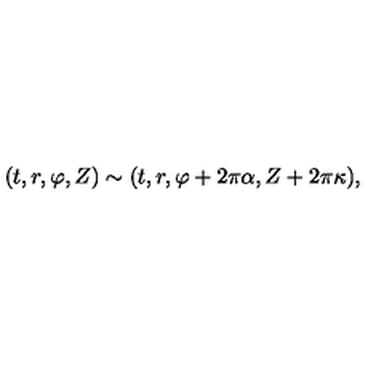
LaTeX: ( t , r , \varphi , Z ) \sim ( t , r , \varphi + 2 \pi \alpha , Z + 2 \pi \kappa ) ,